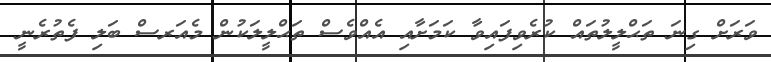
ވަރަށް ގިނަ ތަޙްލީލުތައް ކުރެވިފައިވާ ކަމަށާއި އެއްވެސް ތަޙްލީލަކުން މެއަރސް ބަލި ފެތުރެނީ